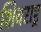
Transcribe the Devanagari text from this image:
शिवराष्ट्र